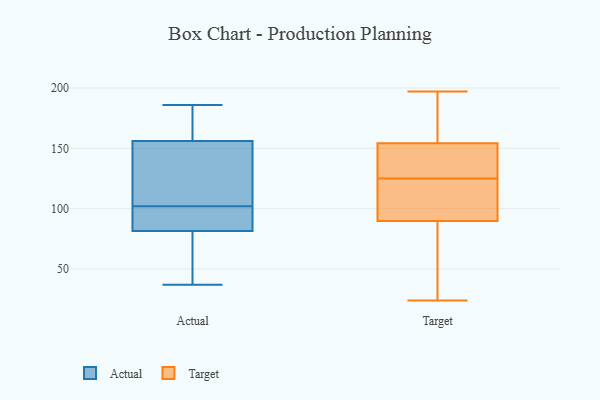
{"axis": {"x": "Production Output", "y": "Value"}, "legend": ["Actual", "Target"], "data": [{"x": "", "y": 37, "type": "Actual"}, {"x": "", "y": 174, "type": "Actual"}, {"x": "", "y": 90, "type": "Actual"}, {"x": "", "y": 109, "type": "Actual"}, {"x": "", "y": 102, "type": "Actual"}, {"x": "", "y": 80, "type": "Actual"}, {"x": "", "y": 139, "type": "Actual"}, {"x": "", "y": 53, "type": "Actual"}, {"x": "", "y": 116, "type": "Actual"}, {"x": "", "y": 85, "type": "Actual"}, {"x": "", "y": 175, "type": "Actual"}, {"x": "", "y": 186, "type": "Actual"}, {"x": "", "y": 84, "type": "Actual"}, {"x": "", "y": 82, "type": "Actual"}, {"x": "", "y": 159, "type": "Actual"}, {"x": "", "y": 77, "type": "Actual"}, {"x": "", "y": 155, "type": "Actual"}, {"x": "", "y": 125, "type": "Target"}, {"x": "", "y": 57, "type": "Target"}, {"x": "", "y": 24, "type": "Target"}, {"x": "", "y": 59, "type": "Target"}, {"x": "", "y": 184, "type": "Target"}, {"x": "", "y": 139, "type": "Target"}, {"x": "", "y": 114, "type": "Target"}, {"x": "", "y": 87, "type": "Target"}, {"x": "", "y": 120, "type": "Target"}, {"x": "", "y": 130, "type": "Target"}, {"x": "", "y": 83, "type": "Target"}, {"x": "", "y": 98, "type": "Target"}, {"x": "", "y": 126, "type": "Target"}, {"x": "", "y": 149, "type": "Target"}, {"x": "", "y": 194, "type": "Target"}, {"x": "", "y": 197, "type": "Target"}, {"x": "", "y": 116, "type": "Target"}, {"x": "", "y": 174, "type": "Target"}, {"x": "", "y": 156, "type": "Target"}]}